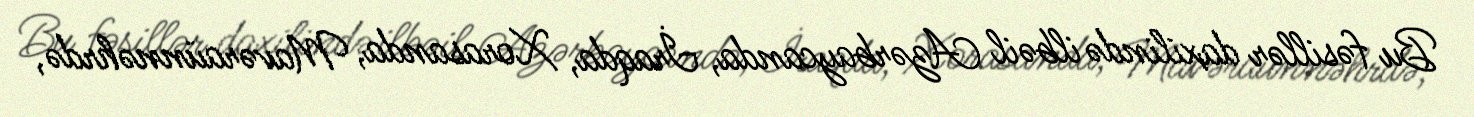
Bu fəsillər daxilində ilbəil Azərbaycanda, İraqda, Xorasanda, Mavəraünnəhrdə,